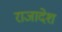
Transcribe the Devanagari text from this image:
राजादेश